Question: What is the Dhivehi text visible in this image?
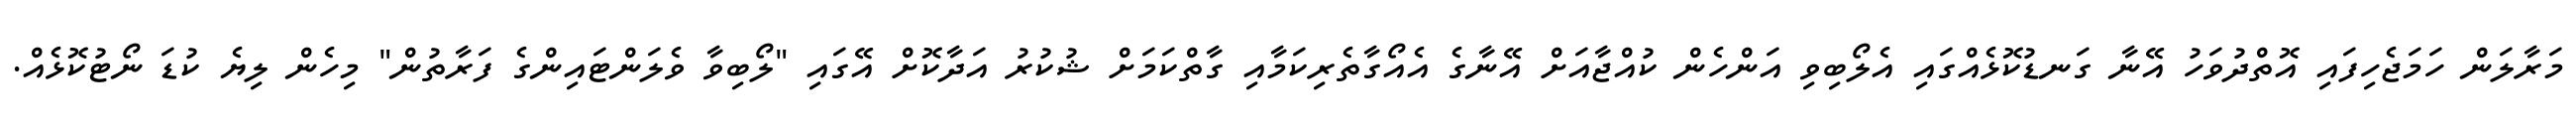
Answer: މަރާލަން ހަމަޖެހިފައި އޮތްދުވަހު އޭނާ ގަނޑުކޮޅެއްގައި އެލޯބިވި އަންހެން ކުއްޖާއަށް އޭނާގެ އެއޯގާތެރިކަމާއި ގާތްކަމަށް ޝުކުރު އަދާކޮށް އޭގައި "ލޯބިވާ ވެލަންޓައިންގެ ފަރާތުން" މިހެން ލިޔެ ކުޑަ ނޯޓުކޮޅެއް.